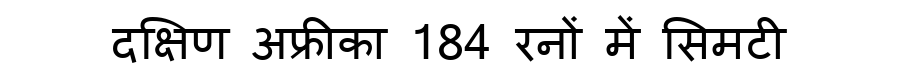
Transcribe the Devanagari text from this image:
दक्षिण अफ्रीका 184 रनों में सिमटी